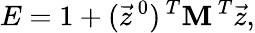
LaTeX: E=1+(\vec{z}^{\, 0})^{\, T}\textbf{M}^{\, T}\vec{z},